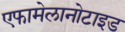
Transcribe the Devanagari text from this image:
एफामेलानोटाइड